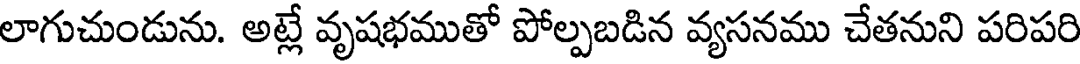
లాగుచుండును. అట్లే వృషభముతో పోల్పబడిన వ్యసనము చేతనుని పరిపరి